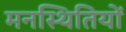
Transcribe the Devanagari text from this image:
मनस्थितियों